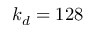
k _ { d } = 1 2 8